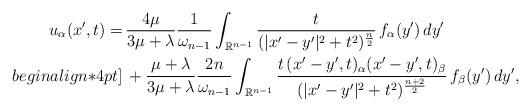
LaTeX: \begin{align*}u_\alpha(x',t)=&\,\frac{4\mu}{3\mu+\lambda}\frac{1}{\omega_{n-1}}\int_{{\mathbb{R}}^{n-1}}\frac{t}{(|x'-y'|^2+t^2)^{\frac{n}{2}}}\,f_\alpha(y')\,dy'\\begin{align*}4pt]&\,+\frac{\mu+\lambda}{3\mu+\lambda}\frac{2n}{\omega_{n-1}}\int_{{\mathbb{R}}^{n-1}}\frac{t\,(x'-y',t)_\alpha(x'-y',t)_\beta}{(|x'-y'|^2+t^2)^{\frac{n+2}{2}}}\,f_\beta(y')\,dy',\end{align*}